Indian journal of veterinary science and animal husbandry - Volume 5,
Year: 1935
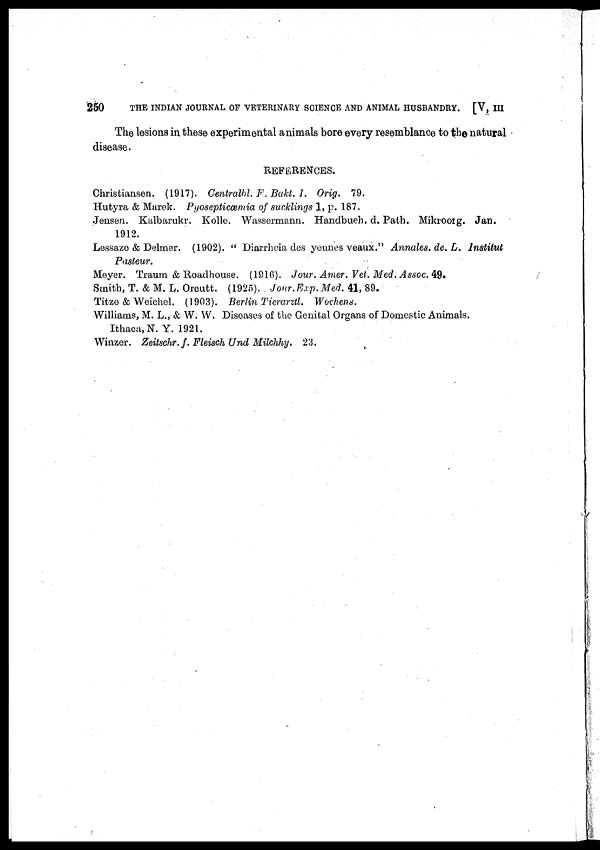
250
THE INDIAN JOURNAL OF VETERINARY SCIENCE AND ANIMAL HUSBANDRY. [V, III
The lesions in these experimental animals bore every resemblance to the natural
disease.
REFERENCES.
Christiansen. (1917). Centralbl. F. Bakt. 1. Orig. 79.
Hutyra & Marek. Pyosepticæmia of sucklings 1, p. 187.
Jensen. Kalbarukr. Kolle. Wassermann. Handbueh. d. Path. Mikroorg. Jan.
1912.
Lessaze & Delmer. (1902). " Diarrheia des yeunes veaux." Annales. de. L. Institut
Pasteur.
Meyer. Traum & Roadhouse. (1916). Jour. Amer. Vet. Med. Assoc. 49.
Smith, T. & M. L. Orcutt. (1925). Jour. Exp. Med. 41, 89.
Titze & Weichel. (1903). Berlin Tierarztl. Wochens.
Williams, M. L., & W. W. Diseases of the Genital Organs of Domestic Animals.
Ithaca, N. Y. 1921.
Winzer. Zeitschr. f. Fleisch Und Milchhy. 23.